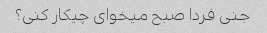
جنی فردا صبح میخوای چیکار کنی؟